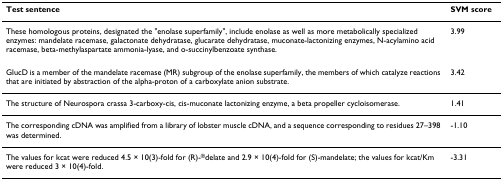
<table><thead><tr><td><b>Test sentence</b></td><td><b>SVM score</b></td></tr></thead><tbody><tr><td>These homologous proteins, designated the &quot;enolase superfamily&quot;, include enolase as well as more metabolically specialized enzymes: mandelate racemase, galactonate dehydratase, glucarate dehydratase, muconate-lactonizing enzymes, N-acylamino acid racemase, beta-methylaspartate ammonia-lyase, and o-succinylbenzoate synthase.</td><td>3.99</td></tr><tr><td>GlucD is a member of the mandelate racemase (MR) subgroup of the enolase superfamily, the members of which catalyze reactions that are initiated by abstraction of the alpha-proton of a carboxylate anion substrate.</td><td>3.42</td></tr><tr><td>The structure of Neurospora crassa 3-carboxy-cis, cis-muconate lactonizing enzyme, a beta propeller cycloisomerase.</td><td>1.41</td></tr><tr><td>The corresponding cDNA was amplified from a library of lobster muscle cDNA, and a sequence corresponding to residues 27–398 was determined.</td><td>-1.10</td></tr><tr><td>The values for kcat were reduced 4.5 × 10(3)-fold for (R)-<sup>®</sup>delate and 2.9 × 10(4)-fold for (S)-mandelate; the values for kcat/Km were reduced 3 × 10(4)-fold.</td><td>-3.31</td></tr></tbody></table>